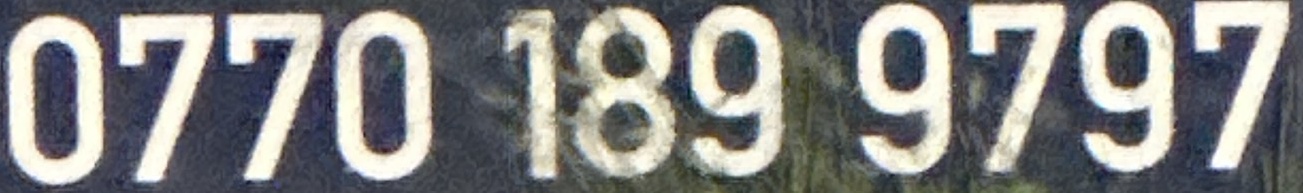
0770 189 9797